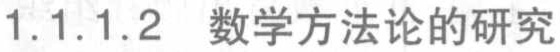
1.1.1.2 数学方法论的研究